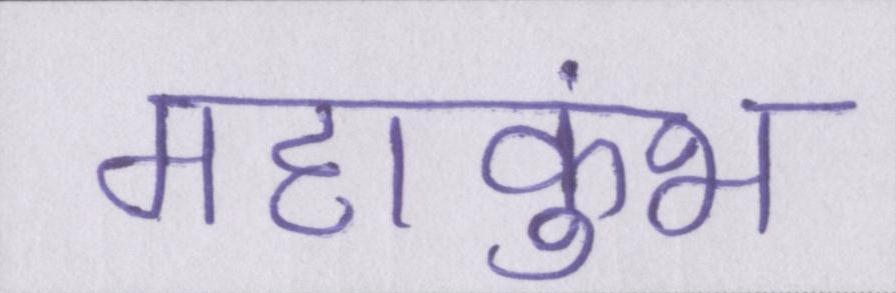
महाकुंभ